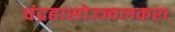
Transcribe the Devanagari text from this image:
चंद्रहासोज्ज्वलकरा